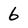
Character: 6